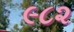
૯૮૨